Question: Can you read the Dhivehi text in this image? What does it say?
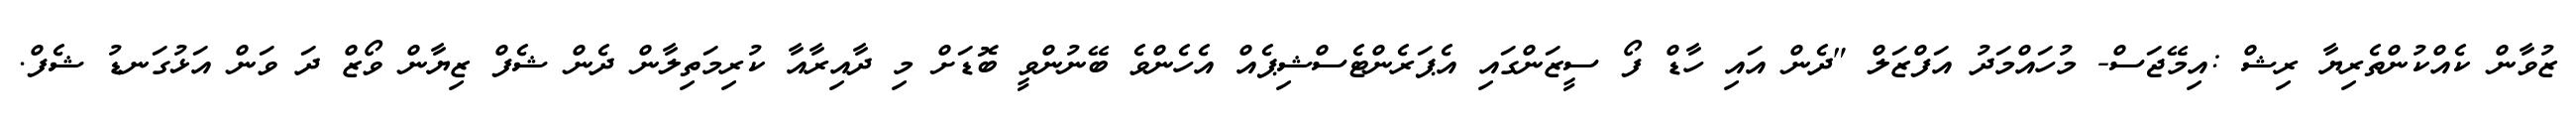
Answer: ޒުވާން ކެއްކުންތެރިޔާ ރިޝް :އިމޭޖަސް- މުހައްމަދު އަފްޒަލް "ދެން އައި ހާޑް ފޯ ސީޒަންގައި އެޕަރެންޓެސްޝިޕެއް އެހެންވެ ބޭނުންވީ ބޮޑަށް މި ދާއިރާއާ ކުރިމަތިލާން ދެން ޝެފް ޒިޔާން ވޯޒް ދަ ވަން އަޅުގަނޑު ޝެފް.